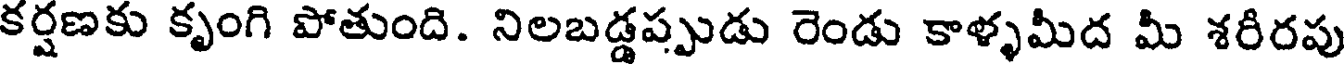
కర్షణకు కృంగి పోతుంది. నిలబడ్డప్పుడు రెండు కాళ్ళమీద మీ శరీరపు